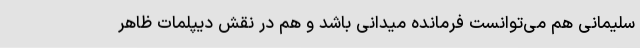
سلیمانی هم می‌توانست فرمانده میدانی باشد و هم در نقش دیپلمات ظاهر